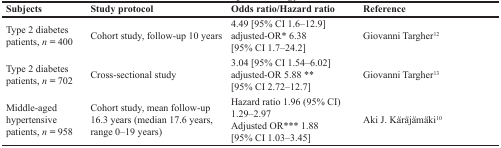
| Subjects | Study protocol | Odds ratio/Hazard ratio | Reference |
 | --- | --- | --- | --- |
 | Type 2 diabetes patients, n = 400 | Cohort study, follow-up 10 years | 4.49 [95% CI 1.6–12.9]adjusted-OR* 6.38 [95% CI 1.7–24.2] | Giovanni Targher12 |
 | Type 2 diabetes patients, n = 702 | Cross-sectional study | 3.04 [95% CI 1.54–6.02]adjusted-OR 5.88 ** [95% CI 2.72–12.7] | Giovanni Targher13 |
 | Middle-aged hypertensive patients, n = 958 | Cohort study, mean follow-up 16.3 years (median 17.6 years, range 0–19 years) | Hazard ratio 1.96 (95% CI) 1.29–2.97Adjusted OR*** 1.88 [95% CI 1.03–3.45] | Aki J. Käräjämäki10 |